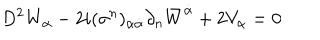
D ^ { 2 } W _ { \alpha } - 2 i ( \sigma ^ { n } ) _ { \alpha \dot { \alpha } } \partial _ { n } { \bar { W } } ^ { \dot { \alpha } } + 2 V _ { \alpha } = 0